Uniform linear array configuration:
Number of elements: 16
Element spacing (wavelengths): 0.75
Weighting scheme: blackman
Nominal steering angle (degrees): -60
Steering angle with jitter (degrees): -60.058
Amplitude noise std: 0.05
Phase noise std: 0.05

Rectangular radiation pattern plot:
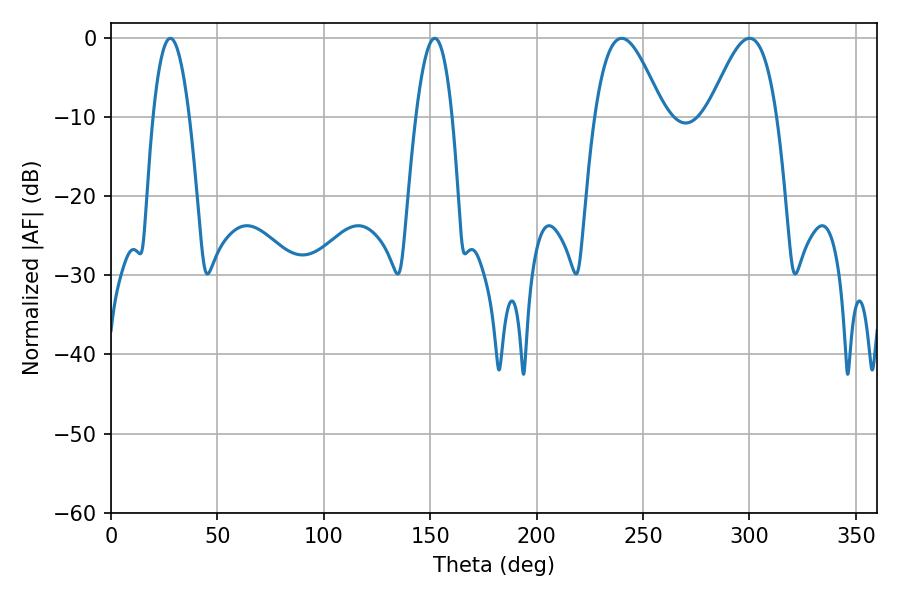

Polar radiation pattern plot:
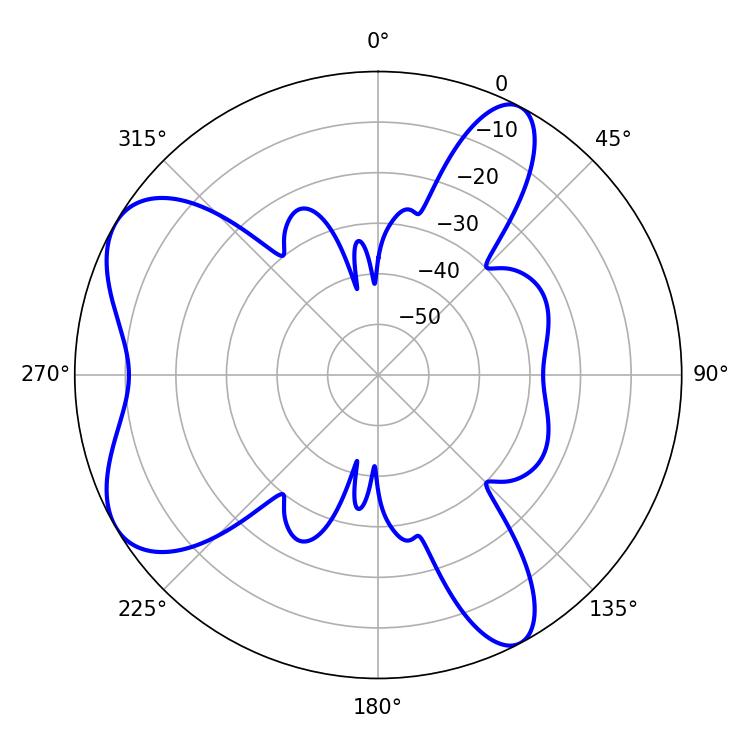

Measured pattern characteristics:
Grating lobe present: TRUE
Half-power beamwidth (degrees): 17.28
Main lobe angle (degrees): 300.06